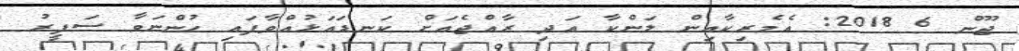
ޖޫން 6 2018: އެމެރިކާއިން ލަންކާ އަދި ރާއްޖެއަށް ކަނޑައަޅުއްވާފައި ހުންނަވާ ސަފީރު